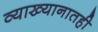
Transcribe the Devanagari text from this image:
व्याख्यानातही